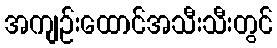
အကျဉ်းထောင်အသီးသီးတွင်